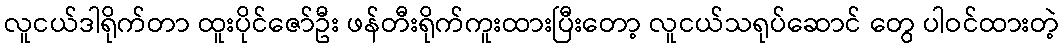
လူငယ်ဒါရိုက်တာ ထူးပိုင်ဇော်ဦး ဖန်တီးရိုက်ကူးထားပြီးတော့ လူငယ်သရုပ်ဆောင် တွေ ပါဝင်ထားတဲ့